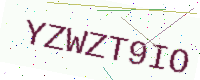
Text: YZWZT9IO